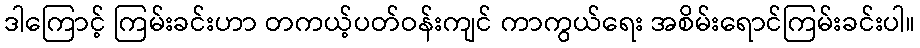
ဒါကြောင့် ကြမ်းခင်းဟာ တကယ့်ပတ်ဝန်းကျင် ကာကွယ်ရေး အစိမ်းရောင်ကြမ်းခင်းပါ။